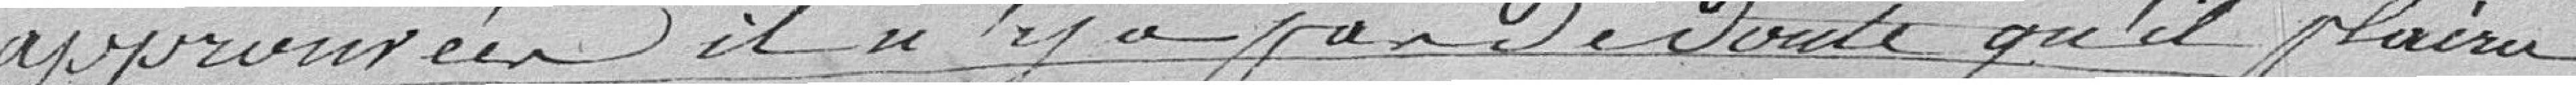
approuvées, il n'y a pas de doute qu'il plaira